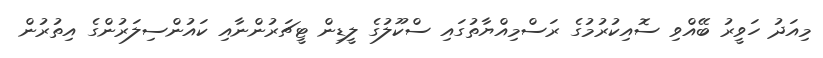
މިއަދު ހަވީރު ބޭއްވި ސޮއިކުރުމުގެ ރަސްމިއްޔާތުގައި ސްކޫލުގެ ލީޑިން ޓީޗަރުންނާއި ކައުންސިލަރުންގެ އިތުރުން